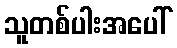
သူတစ်ပါးအပေါ်